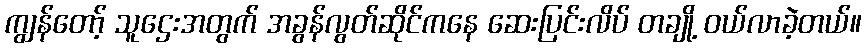
ကျွန်တော့် သူဌေးအတွက် အခွန်လွတ်ဆိုင်ကနေ ဆေးပြင်းလိပ် တချို့ ဝယ်လာခဲ့တယ်။